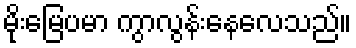
မိုးမြေပမာ ကွာလွန်းနေလေသည်။